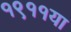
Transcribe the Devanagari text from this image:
१९११या